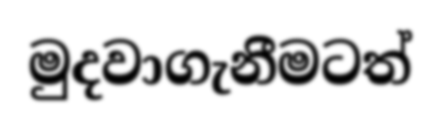
මුදවාගැනීමටත්